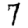
Digit: 7